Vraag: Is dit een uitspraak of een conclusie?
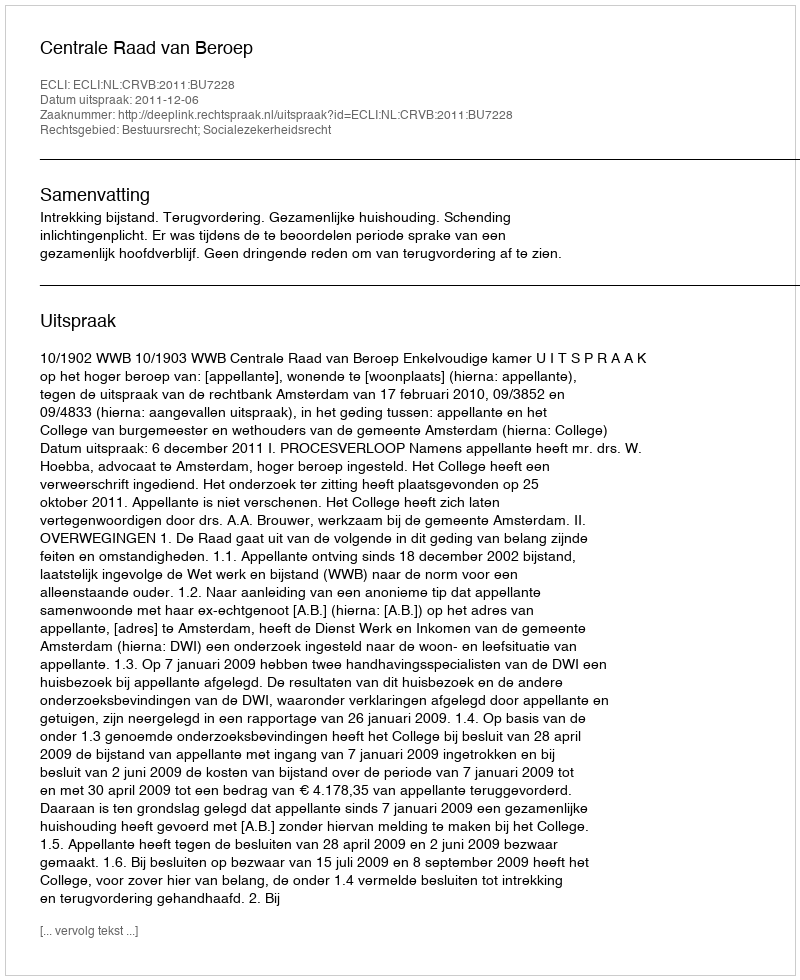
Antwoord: Uitspraak